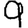
Digit: 9